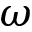
\omega